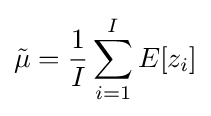
{\tilde {\mu }}={\frac {1}{I}}\sum _{i=1}^{I}E[z_{i}]